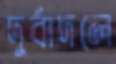
দুর্বাদলে